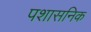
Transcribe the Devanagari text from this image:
पशासनिक